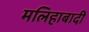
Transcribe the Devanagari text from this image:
मलिहाबादी